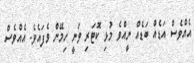
އެއްވެސް އަޑެއް ބަޑެއް ނީއްވެ މުޅި ކޮޓަރި ވަނީ ހިމޭން ވެފައެވެ. އެއްވެސް